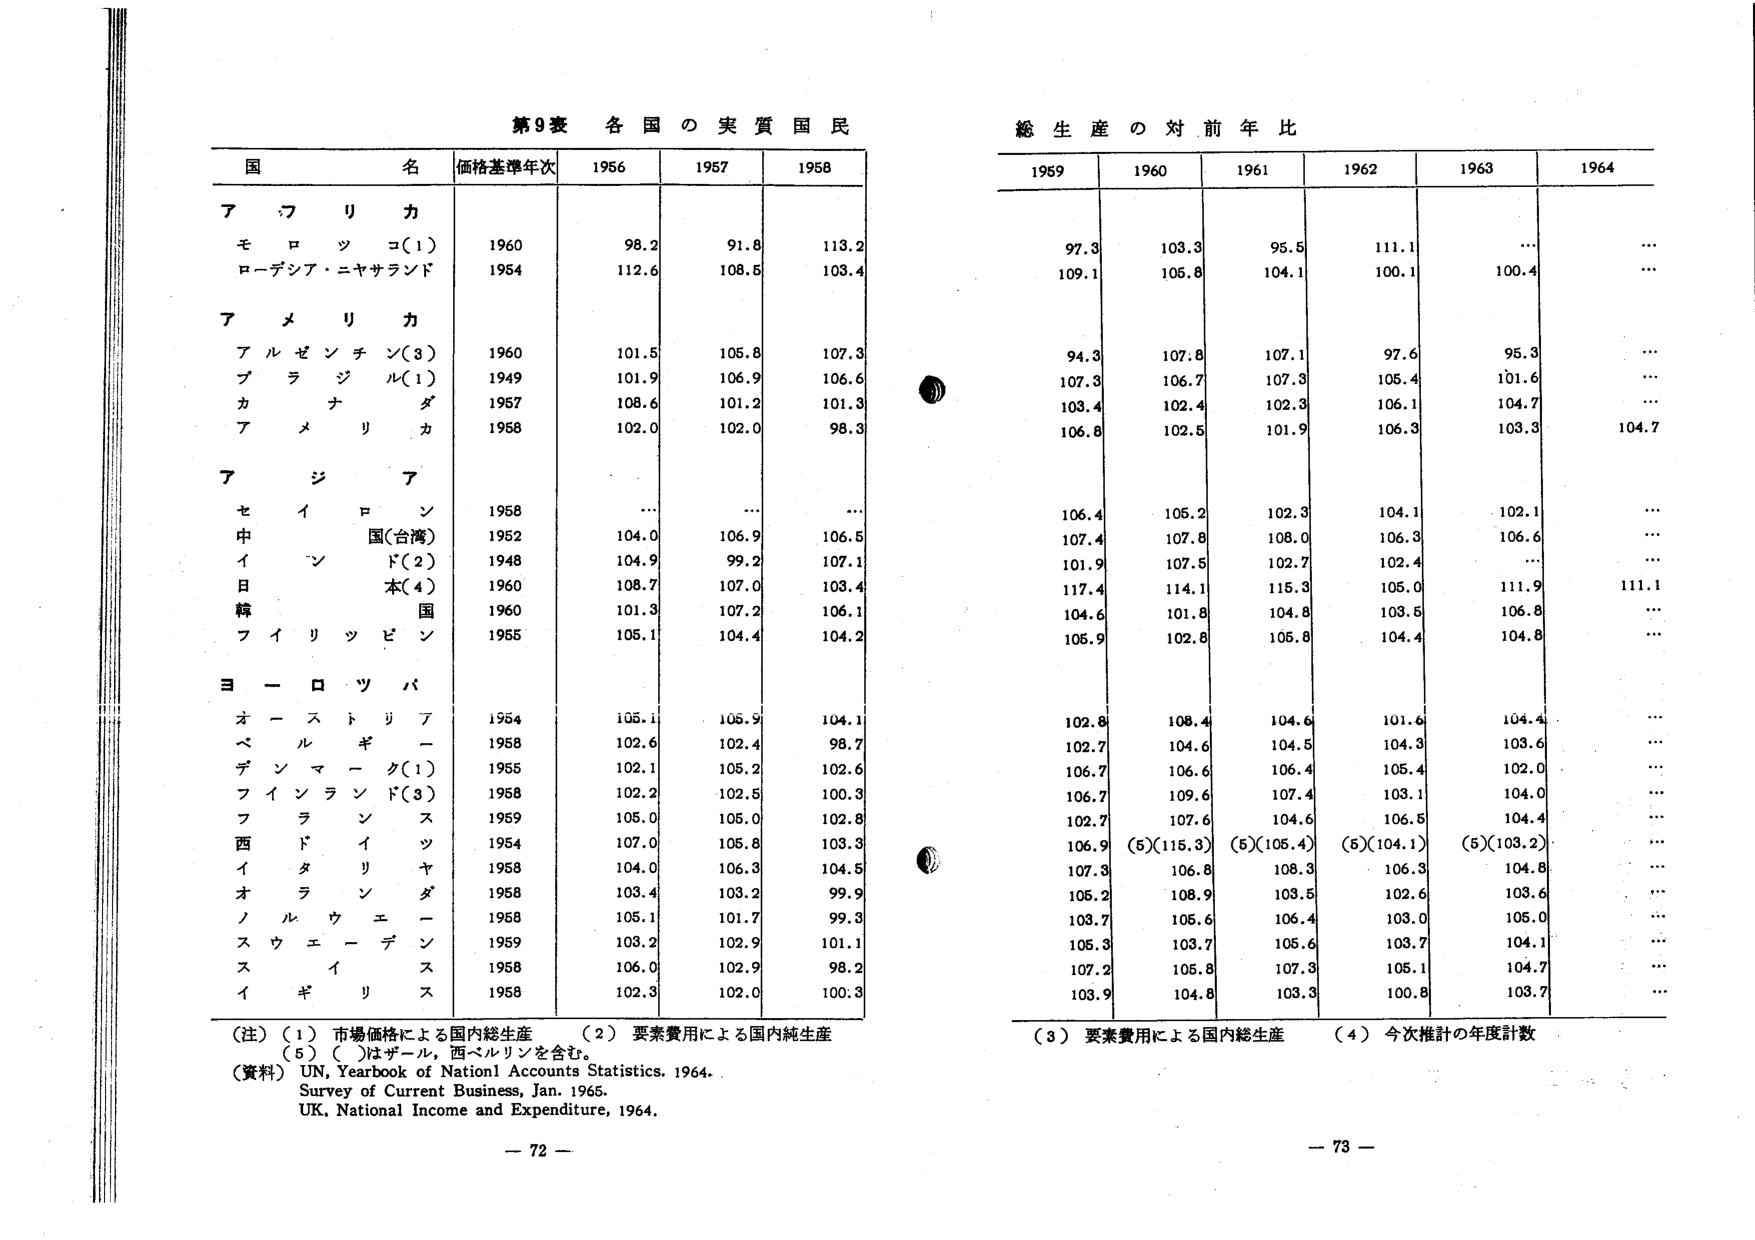
第9表 各国の実質国民総生産の対前年比

国名 価格基準年次 1956 1957 1958 1959 1960 1961 1962 1963 1964

アフリカ
モロッコ(1) 1960 98.2 91.8 113.2 97.3 103.3 95.5 111.1......
ローデシア・ニヤサランド 1954 112.6 108.5 103.4 109.1 105.8 104.1 100.1 100.4...

アメリカ
アルゼンチン(3) 1960 101.5 105.8 107.3 94.3 107.8 107.1 97.6 95.3...
ブラジル(1) 1949 101.9 106.9 106.6 107.3 106.7 107.3 105.4 101.6...
カナダ 1957 108.6 101.2 101.3 103.4 102.4 102.3 106.1 104.7...
アメリカ 1958 102.0 102.0 98.3 106.8 102.5 101.9 106.3 103.3 104.7

アジア
セイロン 1958......... 106.4 105.2 102.3 104.1 102.1...
中国(台湾) 1952 104.0 106.9 106.5 107.4 107.8 108.0 106.3 106.6...
インド(2) 1948 104.9 99.2 107.1 101.9 107.5 102.7 102.4......
日本(4) 1960 108.7 107.0 103.4 117.4 114.1 115.3 105.0 111.9 111.1
韓国 1960 101.3 107.2 106.1 104.6 101.8 104.8 103.5 106.8...
フィリピン 1955 105.1 104.4 104.2 105.9 102.8 105.8 104.4 104.8...

ヨーロッパ
オーストリア 1954 105.1 105.9 104.1 102.8 108.4 104.6 101.6 104.4...
ベルギー 1958 102.6 102.4 98.7 102.7 104.6 104.5 104.3 103.6...
デンマーク(1) 1955 102.1 105.2 102.6 106.7 106.6 106.4 105.4 102.0...
フィンランド(3) 1958 102.2 102.5 100.3 106.7 109.6 107.4 103.1 104.0...
フランス 1959 105.0 105.0 102.8 102.7 107.6 104.6 106.5 104.4...
西ドイツ 1954 107.0 105.8 103.3 106.9 (5)(115.8) (5)(105.4) (5)(104.1) (5)(103.2)...
イタリア 1958 104.0 106.3 104.5 107.3 106.8 108.3 106.3 104.8...
オランダ 1958 103.4 103.2 99.9 105.2 108.9 103.5 102.6 103.6...
ノルウェー 1958 105.1 101.7 99.3 103.7 105.6 106.4 103.0 105.0...
スウェーデン 1959 103.2 102.9 101.1 105.3 103.7 105.6 103.7 104.1...
スイス 1958 106.0 102.9 98.2 107.2 105.8 107.3 105.1 104.7...
イギリス 1958 102.3 102.0 100.3 103.9 104.8 103.3 100.8 103.7...

（注）（1）市場価格による国内総生産 （2）要素費用による国内純生産
（3）要素費用による国内総生産 （4）今次推計の年度計数
（5）（ ）はザール、西ベルリンを含む。

（資料）UN, Yearbook of National Accounts Statistics, 1964.
Survey of Current Business, Jan. 1965.
UK, National Income and Expenditure, 1964.

－72－
－73－